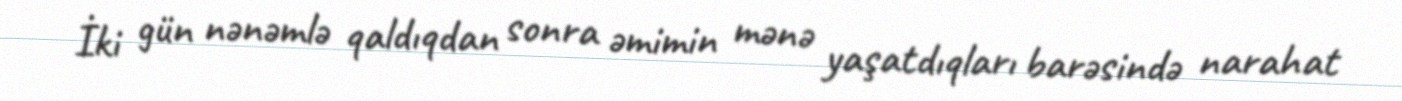
İki gün nənəmlə qaldıqdan sonra əmimin mənə yaşatdıqları barəsində narahat